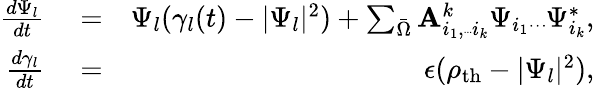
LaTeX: \begin{array}{rlr}{\frac{d\Psi_{l}}{dt}}&{{}=}&{\Psi_{l}(\gamma_{l}(t)-|\Psi_{l}|^{2})+\sum_{\bar{\Omega}}{\mathbf A}_{i_{1},{\tiny{\cdot\cdot\cdot}}i_{k}}^{k}\Psi_{i_{1}}{\tiny{...}}\Psi_{i_{k}}^{*},}\\ {\frac{d\gamma_{l}}{dt}}&{{}=}&{\epsilon(\rho_{\mathrm{th}}-|\Psi_{l}|^{2}),}\end{array}